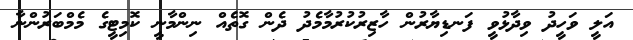
އަލީ ވަހީދު ވިދާޅުވީ ފަނޑިޔާރުން ހާޒިރުކުރުމާމެދު ދެން ގޮތެއް ނިންމާނީ ކޮމިޓީގެ މެމްބަރުންނާ